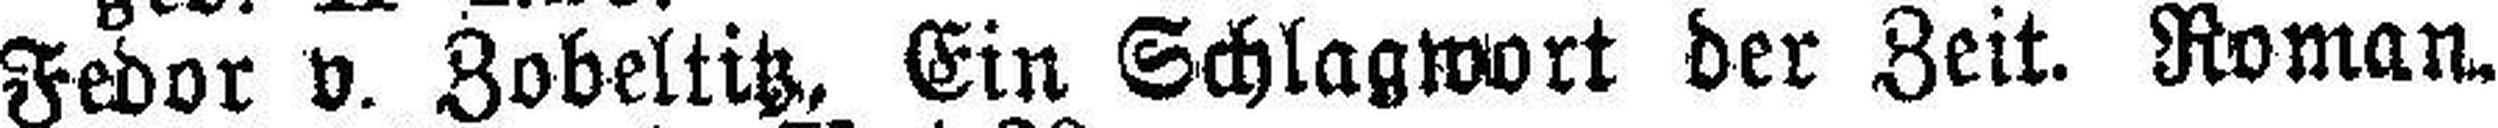
Fedor v. Zobeltitz, Ein Schlagwort der Zeit. Roman.